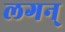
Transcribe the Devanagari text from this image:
लगन्